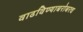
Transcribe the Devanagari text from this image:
वाढविण्याबरोबरच